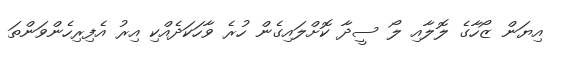
އިޔަން ޒޯހާގެ ލޮލާއި ލޯ ސީދާ ކޮށްލައިގެން ހުރެ ވާހަކަދެއްކި އިރު އެފިރިހެންވަންތަ